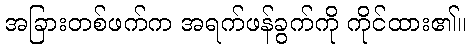
အခြားတစ်ဖက်က အရက်ဖန်ခွက်ကို ကိုင်ထား၏။